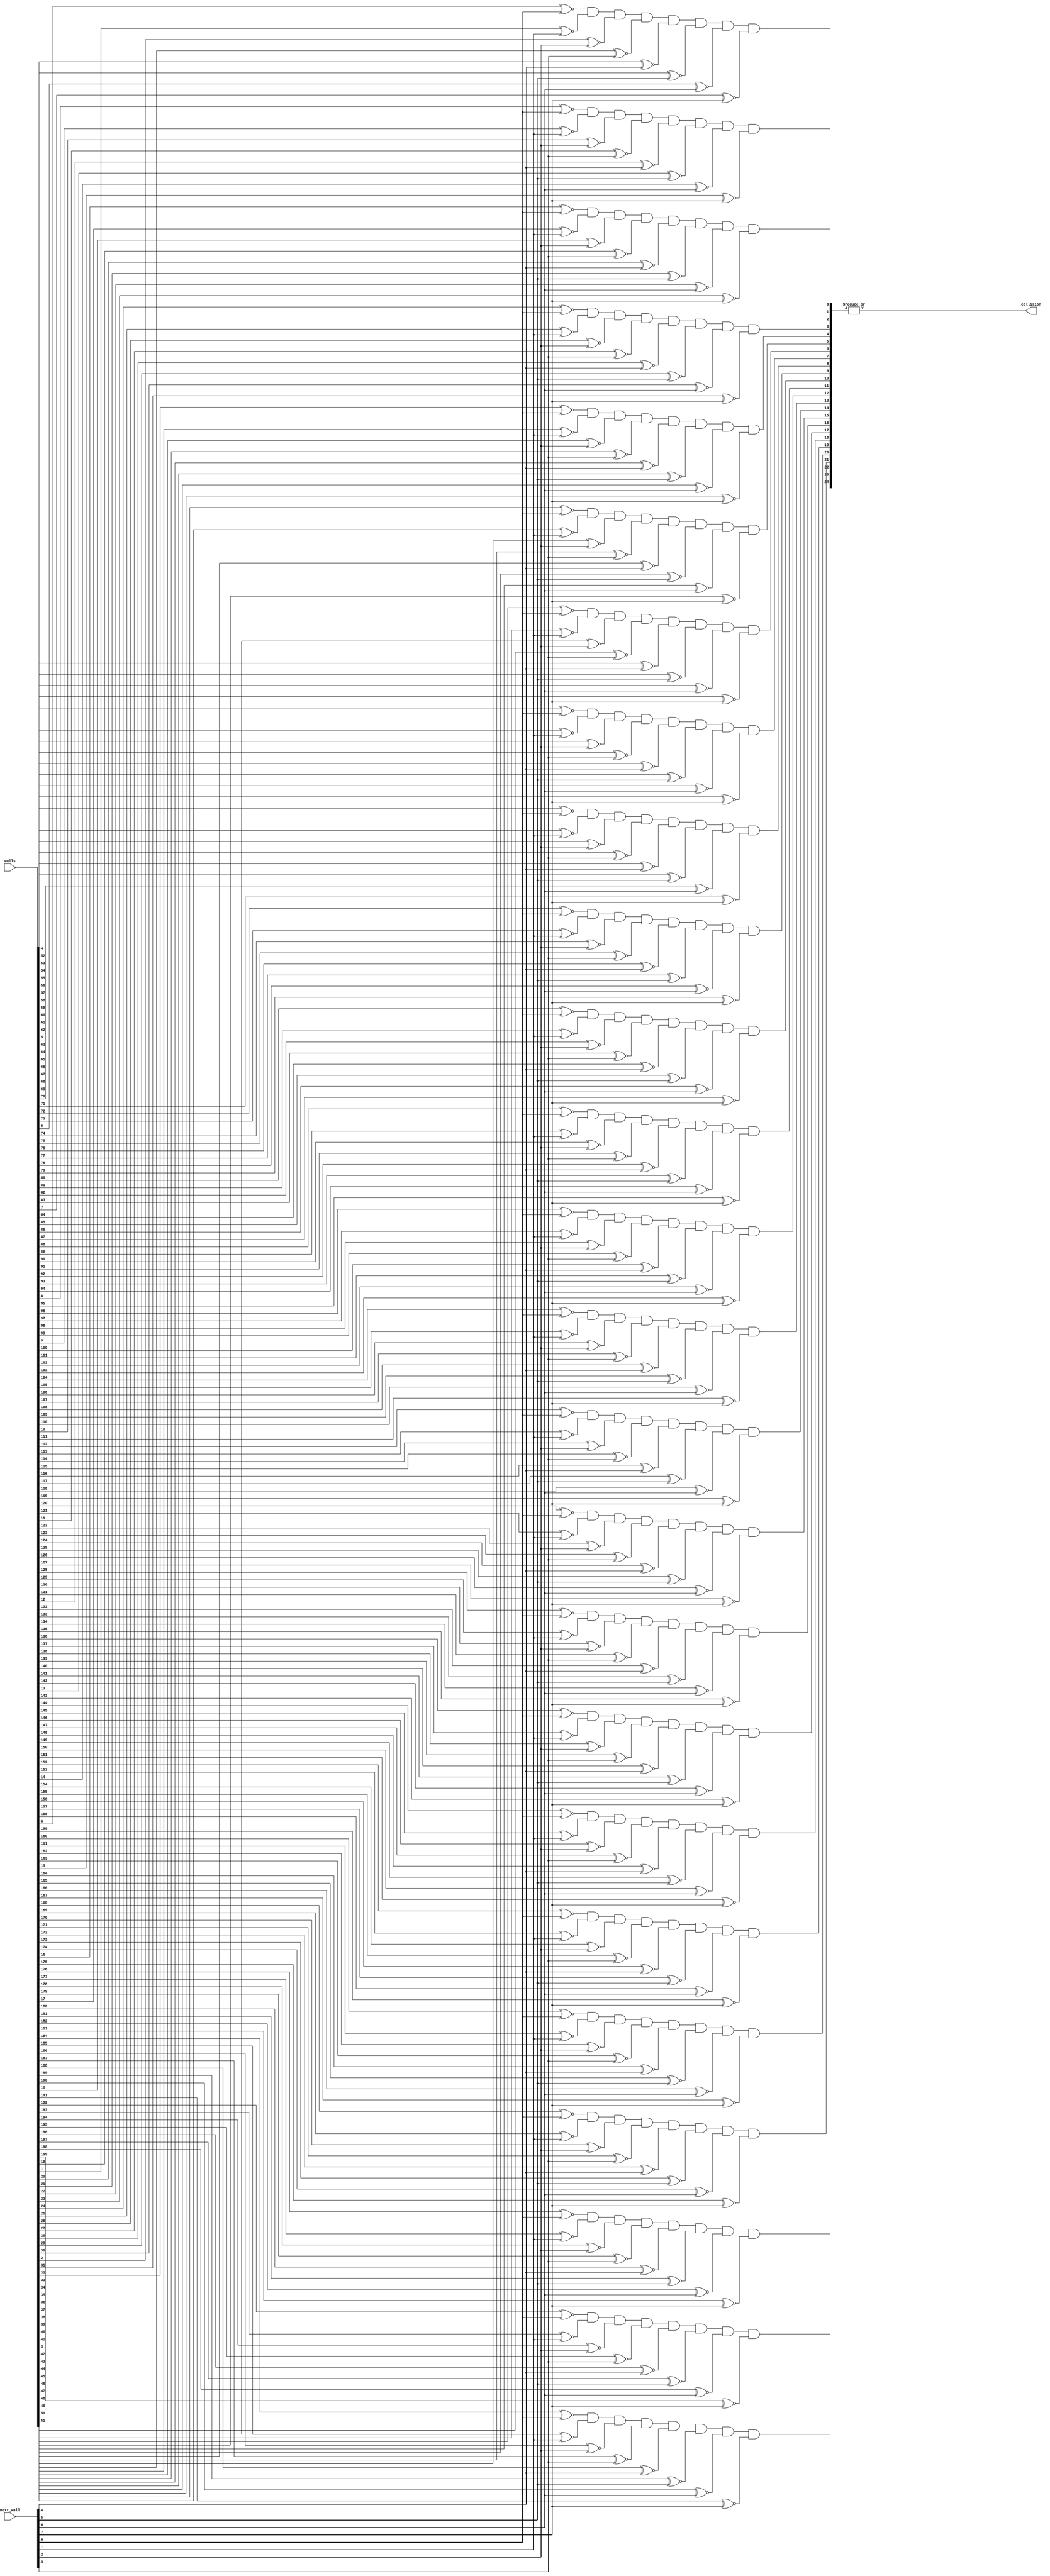
`default_nettype none
module t06_collisionLogic_wall (
	next_wall,
	walls,
	collision
);
	reg _sv2v_0;
	input wire [7:0] next_wall;
	input wire [199:0] walls;
	output reg collision;
	reg [24:0] collision_array;
	always @(*) begin
		if (_sv2v_0)
			;
		begin : sv2v_autoblock_1
			integer i;
			for (i = 0; i <= 24; i = i + 1)
				collision_array[i] = (((((((walls[i * 8] ~^ next_wall[0]) && (walls[(i * 8) + 1] ~^ next_wall[1])) && (walls[(i * 8) + 2] ~^ next_wall[2])) && (walls[(i * 8) + 3] ~^ next_wall[3])) && (walls[(i * 8) + 4] ~^ next_wall[4])) && (walls[(i * 8) + 5] ~^ next_wall[5])) && (walls[(i * 8) + 6] ~^ next_wall[6])) && (walls[(i * 8) + 7] ~^ next_wall[7]);
		end
		collision = |collision_array;
	end
	initial _sv2v_0 = 0;
endmodule